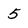
Character: 5